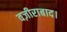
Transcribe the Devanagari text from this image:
वज़ीराबाद।